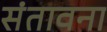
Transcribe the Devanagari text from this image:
संतावना